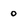
Character: 0